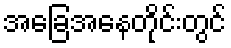
အခြေအနေတိုင်းတွင်